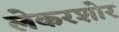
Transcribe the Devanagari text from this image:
लेकरशोर